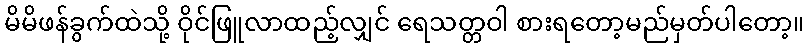
မိမိဖန်ခွက်ထဲသို့ ဝိုင်ဖြူလာထည့်လျှင် ရေသတ္တဝါ စားရတော့မည်မှတ်ပါတော့။